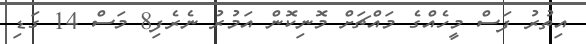
އިތުރު ފަސް މީހެއްގެ މައްޗަށް މޮނިކޮން އަމުރު ނެރެފިި8 މަސް 14 ގަޑި